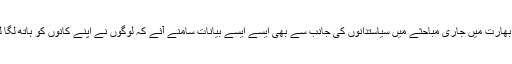
تاہم بھارت میں جاری مباحثے میں سیاستدانوں کی جانب سے بھی ایسے ایسے بیانات سامنے آئے کہ لوگوں نے اپنے کانوں کو ہاتھ لگا لئے۔